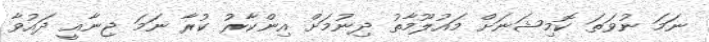
ނަމަ ނުވަތަ ކޮމިޝަނަށް މައުލޫމާތު ދިނުމަށް އިންކާރު ކުރާ ނަމަ ޖިނާއީ ދައުވާ